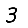
Digit: 3